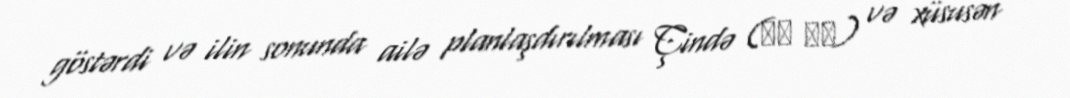
göstərdi və ilin sonunda ailə planlaşdırılması Çində (基本 国策) və xüsusən